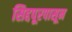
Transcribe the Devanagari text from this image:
सिद्दपूरपासून